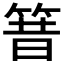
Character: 𱸃